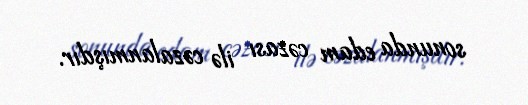
sonunda edam cəzası ilə cəzalanmışdır.